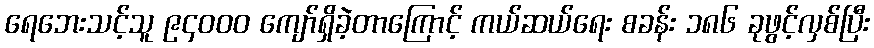
ရေဘေးသင့်သူ ၉၄၀၀၀ ကျော်ရှိခဲ့တာကြောင့် ကယ်ဆယ်ရေး စခန်း ၁၈၆ ခုဖွင့်လှစ်ပြီး